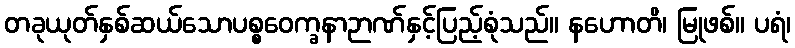
တခုယုတ်နှစ်ဆယ်သောပစ္စဝေက္ခနာဉာဏ်နှင့်ပြည့်စုံသည်။ နဟောတိ၊ မြုဖစ်။ ပရံ၊